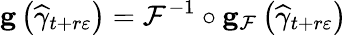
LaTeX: \mathbf{g}\left(\widehat{\gamma}_{t+r\varepsilon}\right)=\mathcal{F}^{-1}\circ\mathbf{g}_{\mathcal{F}}\left(\widehat{\gamma}_{t+r\varepsilon}\right)